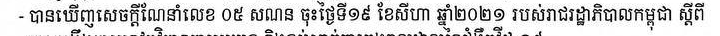
- បានឃើញសេចក្ដីណែនាំលេង ០៥ សណន ចុះថ្ងៃទី១៩ ខែសីហា ឆ្នាំ២០២១ របស់រាជរដ្ឋាភិបាលកម្ពុជា ស្ដីពី